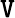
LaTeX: {\tt V}